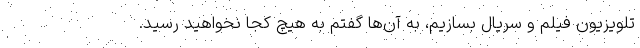
تلویزیون فیلم و سریال بسازیم، به آن‌ها گفتم به هیچ کجا نخواهید رسید.